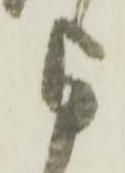
与